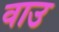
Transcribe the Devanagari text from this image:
वाउ